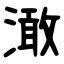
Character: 澉